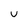
Character: u